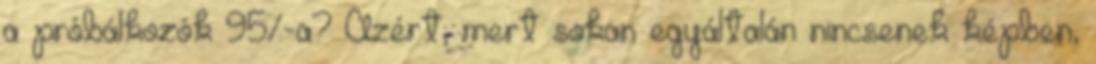
a próbálkozók 95%-a? Azért, mert sokan egyáltalán nincsenek képben,